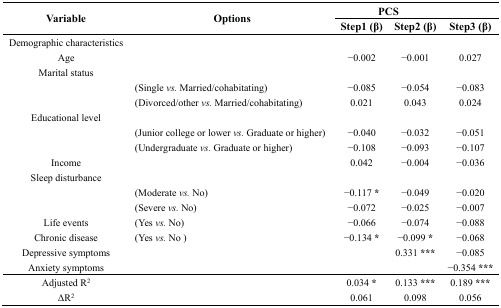
<table><thead><tr><td rowspan="2"><b>Variable</b></td><td rowspan="2"><b>Options</b></td><td colspan="2"><b>PCS</b></td><td>[EMPTY_CELL]</td></tr><tr><td><b>Step1 (β)</b></td><td><b>Step2 (β)</b></td><td><b>Step3 (β)</b></td></tr></thead><tbody><tr><td>Demographic characteristics</td><td>[EMPTY_CELL]</td><td>[EMPTY_CELL]</td><td>[EMPTY_CELL]</td><td>[EMPTY_CELL]</td></tr><tr><td>Age</td><td>[EMPTY_CELL]</td><td>−0.002</td><td>−0.001</td><td>0.027</td></tr><tr><td>Marital status</td><td>[EMPTY_CELL]</td><td>[EMPTY_CELL]</td><td>[EMPTY_CELL]</td><td>[EMPTY_CELL]</td></tr><tr><td>[EMPTY_CELL]</td><td>(Single <i>vs.</i> Married/cohabitating)</td><td>−0.085</td><td>−0.054</td><td>−0.083</td></tr><tr><td>[EMPTY_CELL]</td><td>(Divorced/other <i>vs.</i> Married/cohabitating)</td><td>0.021</td><td>0.043</td><td>0.024</td></tr><tr><td>Educational level</td><td>[EMPTY_CELL]</td><td>[EMPTY_CELL]</td><td>[EMPTY_CELL]</td><td>[EMPTY_CELL]</td></tr><tr><td>[EMPTY_CELL]</td><td>(Junior college or lower <i>vs.</i> Graduate or higher)</td><td>−0.040</td><td>−0.032</td><td>−0.051</td></tr><tr><td>[EMPTY_CELL]</td><td>(Undergraduate <i>vs.</i> Graduate or higher)</td><td>−0.108</td><td>−0.093</td><td>−0.107</td></tr><tr><td>Income</td><td>[EMPTY_CELL]</td><td>0.042</td><td>−0.004</td><td>−0.036</td></tr><tr><td>Sleep disturbance</td><td>[EMPTY_CELL]</td><td>[EMPTY_CELL]</td><td>[EMPTY_CELL]</td><td>[EMPTY_CELL]</td></tr><tr><td>[EMPTY_CELL]</td><td>(Moderate <i>vs.</i> No)</td><td>−0.117 <b>*</b></td><td>−0.049</td><td>−0.020</td></tr><tr><td>[EMPTY_CELL]</td><td>(Severe <i>vs.</i> No)</td><td>−0.072</td><td>−0.025</td><td>−0.007</td></tr><tr><td>Life events</td><td>(Yes <i>vs.</i> No)</td><td>−0.066</td><td>−0.074</td><td>−0.088</td></tr><tr><td>Chronic disease</td><td>(Yes <i>vs.</i> No )</td><td>−0.134 <b>*</b></td><td>−0.099<b>*</b></td><td>−0.068</td></tr><tr><td>Depressive symptoms</td><td>[EMPTY_CELL]</td><td>[EMPTY_CELL]</td><td>0.331<b>***</b></td><td>−0.085</td></tr><tr><td>Anxiety symptoms</td><td>[EMPTY_CELL]</td><td>[EMPTY_CELL]</td><td>[EMPTY_CELL]</td><td>−0.354 <b>***</b></td></tr><tr><td>Adjusted R<sup>2</sup></td><td>[EMPTY_CELL]</td><td>0.034 <b>*</b></td><td>0.133<b>***</b></td><td>0.189 <b>***</b></td></tr><tr><td>ΔR<sup>2</sup></td><td>[EMPTY_CELL]</td><td>0.061</td><td>0.098</td><td>0.056</td></tr></tbody></table>